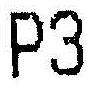
P3